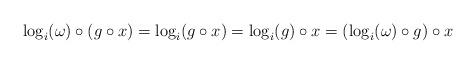
LaTeX: \begin{align*} \log_{i}(\omega)\circ(g\circ x)=\log_{i}(g\circ x)=\log_{i}(g)\circ x=(\log_{i}(\omega)\circ g)\circ x \end{align*}